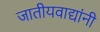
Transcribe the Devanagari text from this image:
जातीयवाद्यांनी